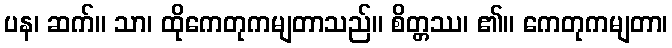
ပန၊ ဆက်။ သာ၊ ထိုကေတုကမျတာသည်။ စိတ္တဿ၊ ၏။ ကေတုကမျတာ၊